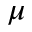
\mu